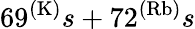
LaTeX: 69^{(\mathrm{K)}}s+72^{(\mathrm{Rb)}}s